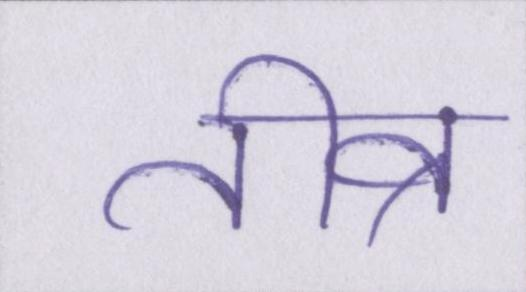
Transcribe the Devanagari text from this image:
तीव्र